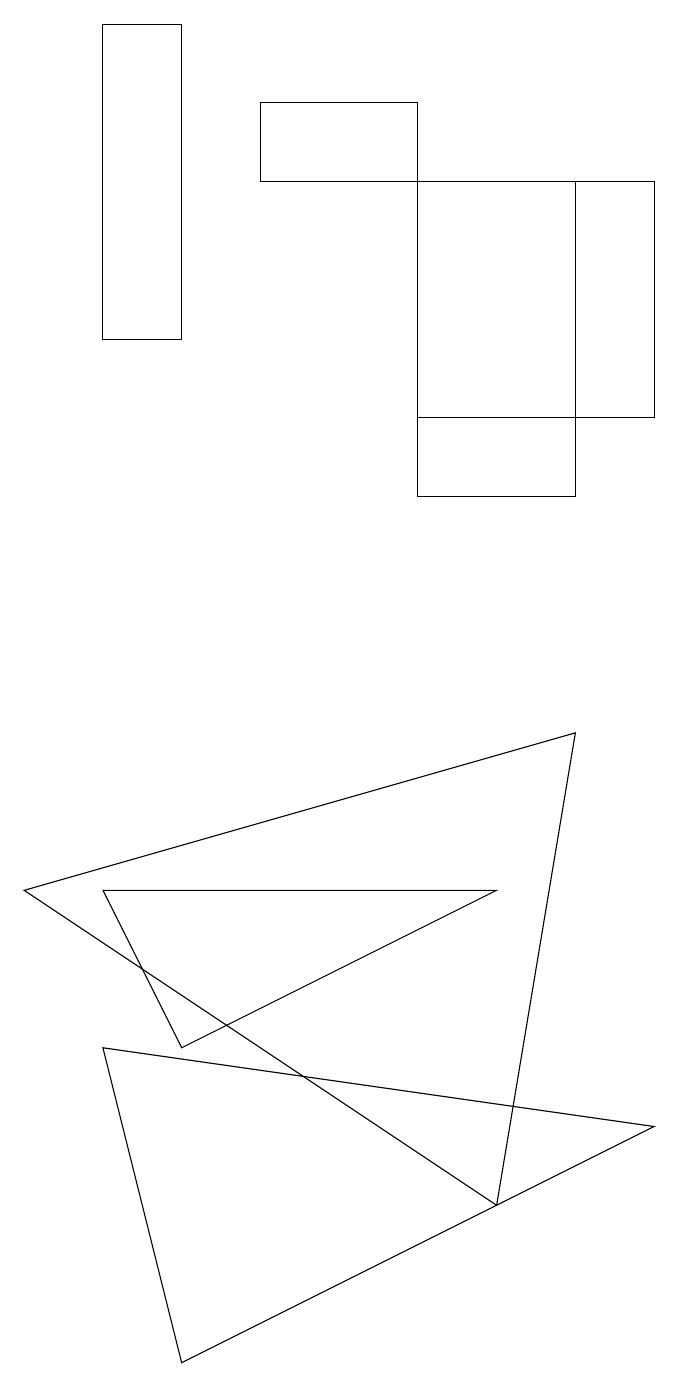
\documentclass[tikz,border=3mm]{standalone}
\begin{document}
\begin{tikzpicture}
\draw (6,12) rectangle (9,15);
\draw (6,11) rectangle (8,15);
\draw (9,3) -- (2,4) -- (3,0) -- cycle;
\draw (3,4) -- (7,6) -- (2,6) -- cycle;
\draw (8,8) -- (7,2) -- (1,6) -- cycle;
\draw (4,15) rectangle (6,16);
\draw (3,13) rectangle (2,17);
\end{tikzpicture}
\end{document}